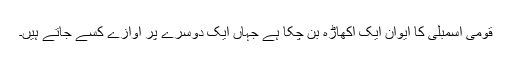
قومی اسمبلی کا ایوان ایک اکھاڑہ بن چکا ہے جہاں ایک دوسرے پر آوازے کسے جاتے ہیں۔